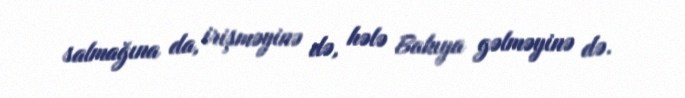
salmağına da, irişməyinə də, hələ Bakıya gəlməyinə də.